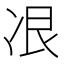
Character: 𫥋